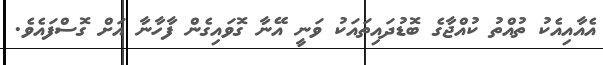
އެއާއިއެކު ތުއްތު ކުއްޖާގެ ބޮޑުދައިތައަކު ވަނީ އޭނާ ގޮވައިގެން ފާހާނާ އަށް ގޮސްފައެވެ.